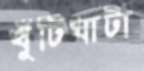
খুঁটিঘাটা